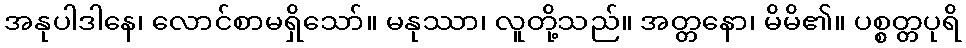
အနုပါဒါနေ၊ လောင်စာမရှိသော်။ မနုဿာ၊ လူတို့သည်။ အတ္တနော၊ မိမိ၏။ ပစ္စတ္တပုရိ